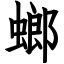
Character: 螂